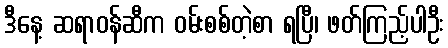
ဒီနေ့ ဆရာဝန်ဆီက ဝမ်းစစ်တဲ့စာ ရပြီ၊ ဖတ်ကြည့်ပါဦး